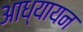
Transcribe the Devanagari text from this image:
आध्यायन